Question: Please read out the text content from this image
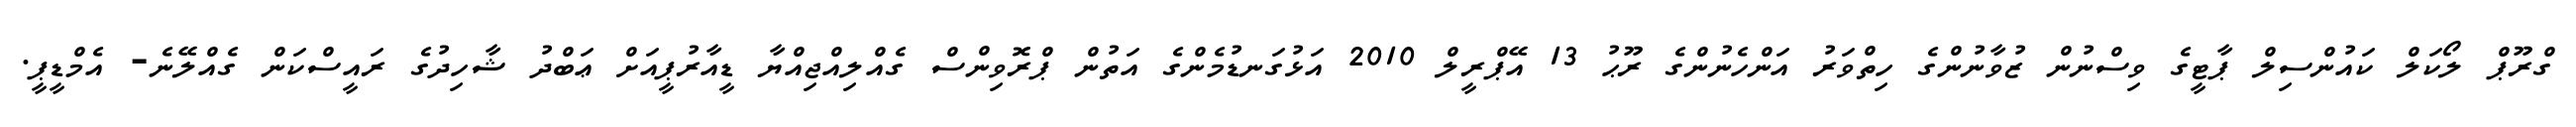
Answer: ގްރޫޕް ލޯކަލް ކައުންސިލް ޕާޓީގެ ވިސްނުން ޒުވާނުންގެ ހިތްވަރު އަންހެނުންގެ ރޫޙު 13 އޭޕްރީލް 2010 އަޅުގަނޑުމެންގެ އަތުން ޕްރޮވިންސް ގެއްލިއްޖިއްޔާ ޑީއާރުޕީއަށް ޢަބްދު ޝާހިދުގެ ރައީސްކަން ގެއްލޭނެ- އެމްޑީޕީ.